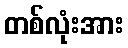
တစ်လုံးအား